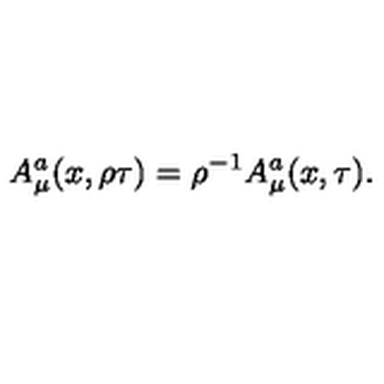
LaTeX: A _ { \mu } ^ { a } ( x , \rho \tau ) = { \rho } ^ { - 1 } A _ { \mu } ^ { a } ( x , \tau ) .